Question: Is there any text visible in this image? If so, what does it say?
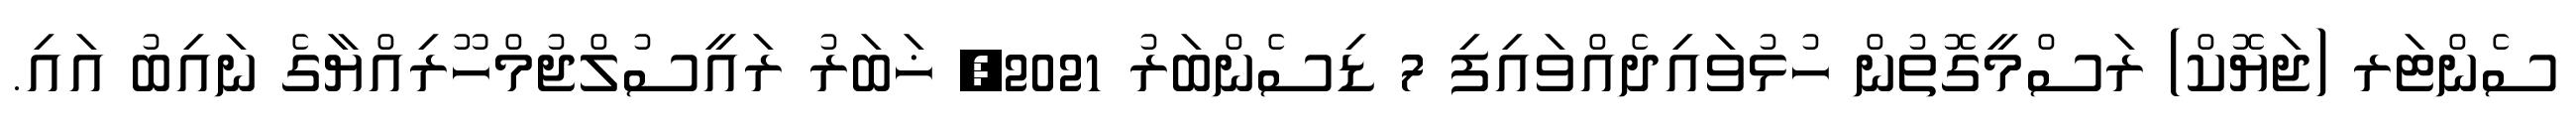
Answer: ސެންޓަރ (ޖަޔޮކް) ރަސްމީގޮތުން ހުޅުވައިދެއްވައިފި 7 ޑިސެންބަރު 2021, ޚަބަރު ރައީސުލްޖުމްހޫރިއްޔާގެ ނައިބު އައި.